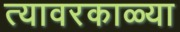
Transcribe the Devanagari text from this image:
त्यावरकाळ्या